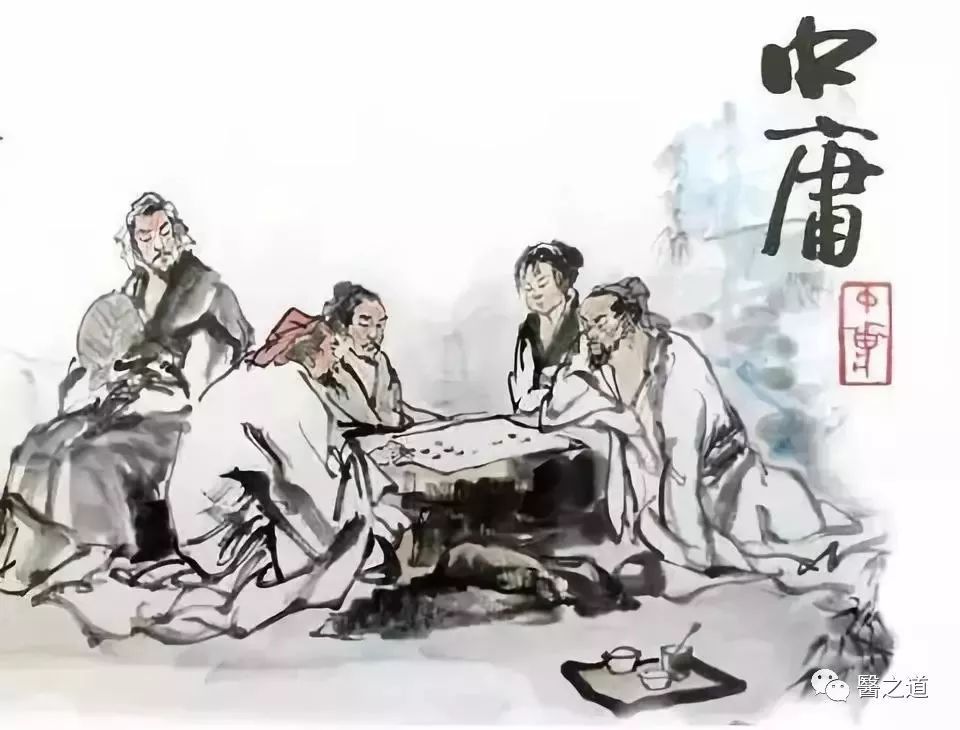
贤不肖不杂，则英杰至，是非不乱，则国家治。